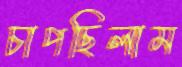
চাপছিলাম